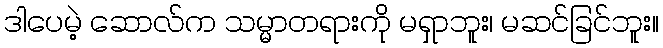
ဒါပေမဲ့ ဆောလ်က သမ္မာတရားကို မရှာဘူး၊ မဆင်ခြင်ဘူး။